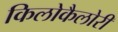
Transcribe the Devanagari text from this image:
किलोकैलोरी